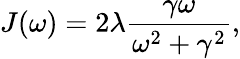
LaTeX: J(\omega)=2\lambda\frac{\gamma\omega}{\omega^{2}+\gamma^{2}},